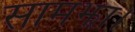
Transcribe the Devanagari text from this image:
सामझा।